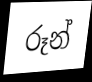
රූන්